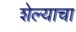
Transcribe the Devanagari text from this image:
शेल्याचा